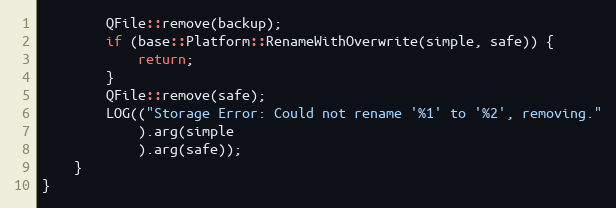
Language: C++
		QFile::remove(backup);
		if (base::Platform::RenameWithOverwrite(simple, safe)) {
			return;
		}
		QFile::remove(safe);
		LOG(("Storage Error: Could not rename '%1' to '%2', removing."
			).arg(simple
			).arg(safe));
	}
}